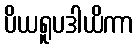
ပိယရူပဒါယိကာ